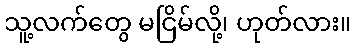
သူ့လက်တွေ မငြိမ်လို့၊ ဟုတ်လား။